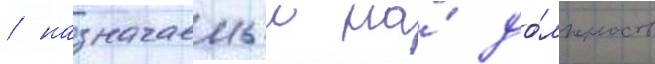
/ назначаемыи на́ до́лжность